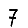
Digit: 7